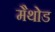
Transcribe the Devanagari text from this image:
मैथोड